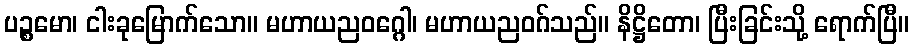
ပဉ္စမော၊ ငါးခုမြောက်သော။ မဟာယညဝဂ္ဂေါ၊ မဟာယညဝဂ်သည်။ နိဋ္ဌိတော၊ ပြီးခြင်းသို့ ရောက်ပြီ။